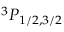
^ 3 P _ { 1 / 2 , 3 / 2 }